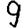
Digit: 9